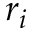
r _ { i }